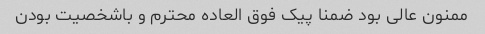
ممنون عالی بود ضمنا پیک فوق العاده محترم و باشخصیت بودن